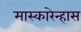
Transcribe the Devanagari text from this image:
मास्कारेन्हास